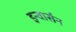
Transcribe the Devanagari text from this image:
इन्वार्सन